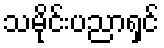
သမိုင်းပညာရှင်